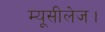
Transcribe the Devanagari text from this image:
म्यूसीलेज।